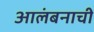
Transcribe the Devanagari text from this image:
आलंबनाची